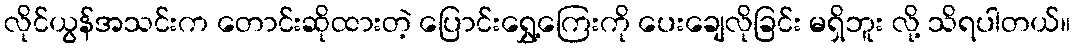
လိုင်ယွန်အသင်းက တောင်းဆိုထားတဲ့ ပြောင်းရွှေ့ကြေးကို ပေးချေလိုခြင်း မရှိဘူး လို့ သိရပါတယ်။